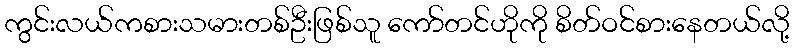
ကွင်းလယ်ကစားသမားတစ်ဦးဖြစ်သူ ကော်တင်ဟိုကို စိတ်ဝင်စားနေတယ်လို့